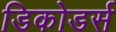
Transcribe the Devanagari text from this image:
डिकोडर्स